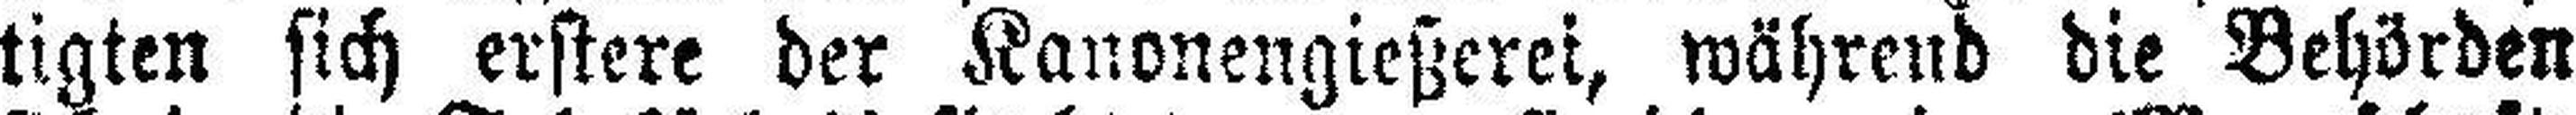
tigten sich erstere der Kanonengießerei, während die Behörden